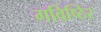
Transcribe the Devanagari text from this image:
गविष्ठिर